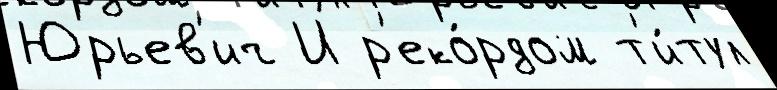
Юрьев'ич И р'еко́рдом т'и́тул